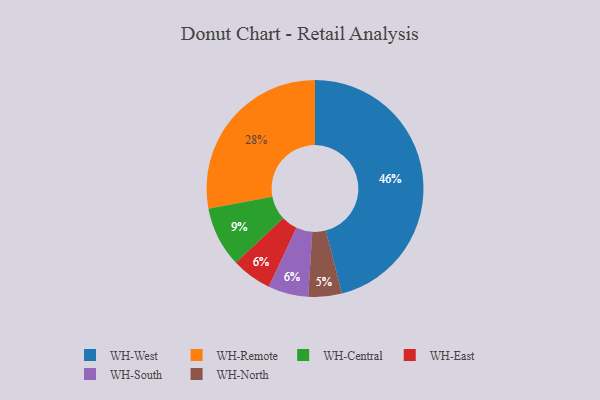
{"axis": {"x": "Category", "y": "Percentage"}, "legend": ["WH-Central", "WH-East", "WH-North", "WH-Remote", "WH-South", "WH-West"], "data": [{"x": "WH-North", "y": 5, "type": "WH-North"}, {"x": "WH-East", "y": 6, "type": "WH-East"}, {"x": "WH-Central", "y": 9, "type": "WH-Central"}, {"x": "WH-Remote", "y": 28, "type": "WH-Remote"}, {"x": "WH-West", "y": 46, "type": "WH-West"}, {"x": "WH-South", "y": 6, "type": "WH-South"}]}